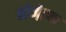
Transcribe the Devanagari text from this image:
मोजे़इक